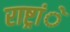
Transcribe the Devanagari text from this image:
राष्ट्रांे